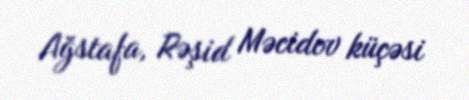
Ağstafa, Rəşid Məcidov küçəsi